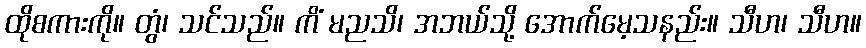
ထိုစကားကို။ တွံ၊ သင်သည်။ ကိံ မညသိ၊ အဘယ်သို့ အောက်မေ့သနည်း။ သီဟ၊ သီဟ။